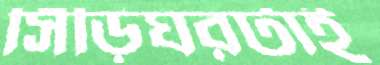
সিঁড়িঘরটাই